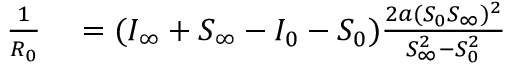
\begin{array} { r l } { \frac { 1 } { R _ { 0 } } } & { { } = ( I _ { \infty } + S _ { \infty } - I _ { 0 } - S _ { 0 } ) \frac { 2 a ( S _ { 0 } S _ { \infty } ) ^ { 2 } } { S _ { \infty } ^ { 2 } - S _ { 0 } ^ { 2 } } } \end{array}